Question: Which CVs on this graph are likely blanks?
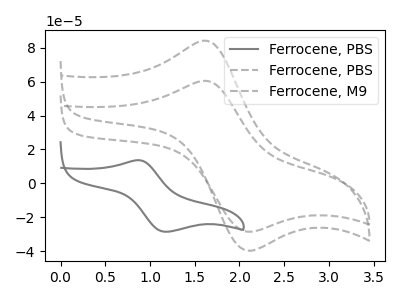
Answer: <think>The gray curve "Ferrocene, PBS" has an anodic peak at (0.85V, 13.70uA) and a cathodic peak at (1.20V, -28.60uA). The gray dashed curve "Ferrocene, PBS" has an anodic peak at (1.60V, 84.25uA) and a cathodic peak at (2.05V, -39.25uA). The gray dashed curve "Ferrocene, M9" has an anodic peak at (1.60V, 60.55uA) and a cathodic peak at (2.05V, -28.20uA).</think>
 <answer>There are not any CV's on this graph that are likely to be blanks.</answer>
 <eval>none</eval>